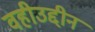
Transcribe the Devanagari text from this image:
वहीउद्दीन